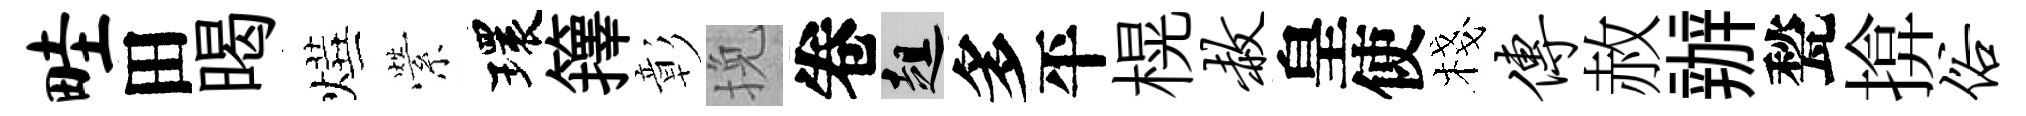
畦田暍燁縈環籜彰挽卷趄多平榥赦皇使棧传赦辦甃揜俗